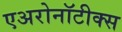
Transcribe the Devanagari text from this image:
एअरोनॉटीक्स